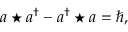
a \star a ^ { \dagger } - a ^ { \dagger } \star a = \hbar ,